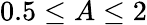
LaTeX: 0.5\leq A\leq 2